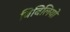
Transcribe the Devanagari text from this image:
बिबिलियो